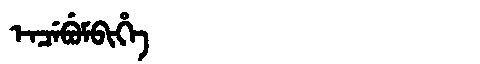
Manchu: ᡝᠨᠴᡝᠪᡠᠮᠪᡳᡥᡝ
Romanization: ENCEBUMBIHE